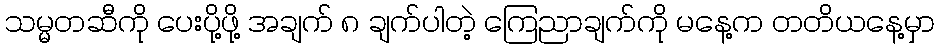
သမ္မတဆီကို ပေးပို့ဖို့ အချက် ၈ ချက်ပါတဲ့ ကြေညာချက်ကို မနေ့က တတိယနေ့မှာ